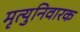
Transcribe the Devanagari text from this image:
मृत्युनिवारक